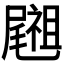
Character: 𥜀